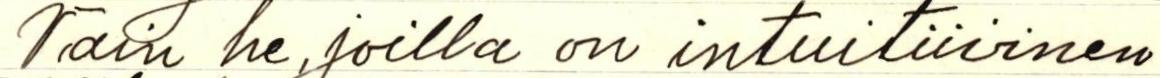
Näin he, joilla on intuitiivinen